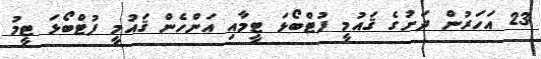
23 އަހަރުން ދަށުގެ ޤައުމީ ފުޓްބޯޅަ ޓީމާއި އަންހެން ޤައުމީ ފުޓްބޯޅަ ޓީމު